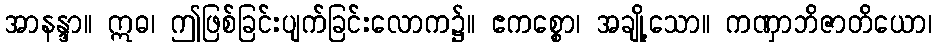
အာနန္ဒာ။ ဣဓ၊ ဤဖြစ်ခြင်းပျက်ခြင်းလောက၌။ ဧကစ္စော၊ အချို့သော။ ကဏှာဘိဇာတိယော၊